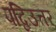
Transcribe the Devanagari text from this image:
पद्विउत्तर